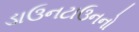
ડાઉનટાઉનનો